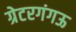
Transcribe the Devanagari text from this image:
ग्रेटरगंगऊ